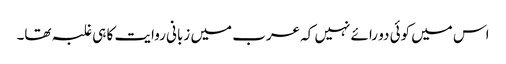
اس میں کوئی دو رائے نہیں کہ عرب میں زبانی روایت کا ہی غلبہ تھا۔